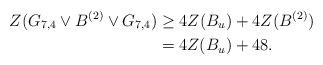
LaTeX: \begin{align*} Z(G_{7,4}\vee B^{(2)} \vee G_{7,4}) &\geq 4Z(B_u)+4Z(B^{(2)})\\ &=4Z(B_u)+48. \end{align*}